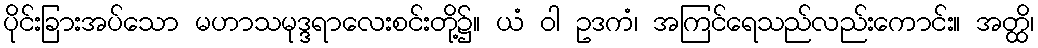
ပိုင်းခြားအပ်သော မဟာသမုဒ္ဒရာလေးစင်းတို့၌။ ယံ ဝါ ဥဒကံ၊ အကြင်ရေသည်လည်းကောင်း။ အတ္ထိ၊